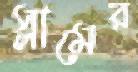
স্লামের